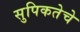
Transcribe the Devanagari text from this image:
सुपिकतेचे